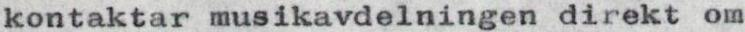
kontaktar musikavdelningen direkt om